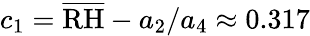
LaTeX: c_{1}=\overline{{\mathrm{RH}}}-a_{2}/a_{4}\approx 0.317